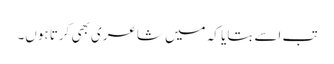
تب اسے بتایا کہ میں شاعری بھی کرتا ہوں۔